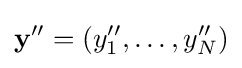
\mathbf {y} ''=(y_{1}'',\ldots ,y_{N}'')